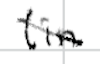
Text: (in
Cross-out: diagonal
Writing tool: digital_black